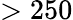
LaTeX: >250